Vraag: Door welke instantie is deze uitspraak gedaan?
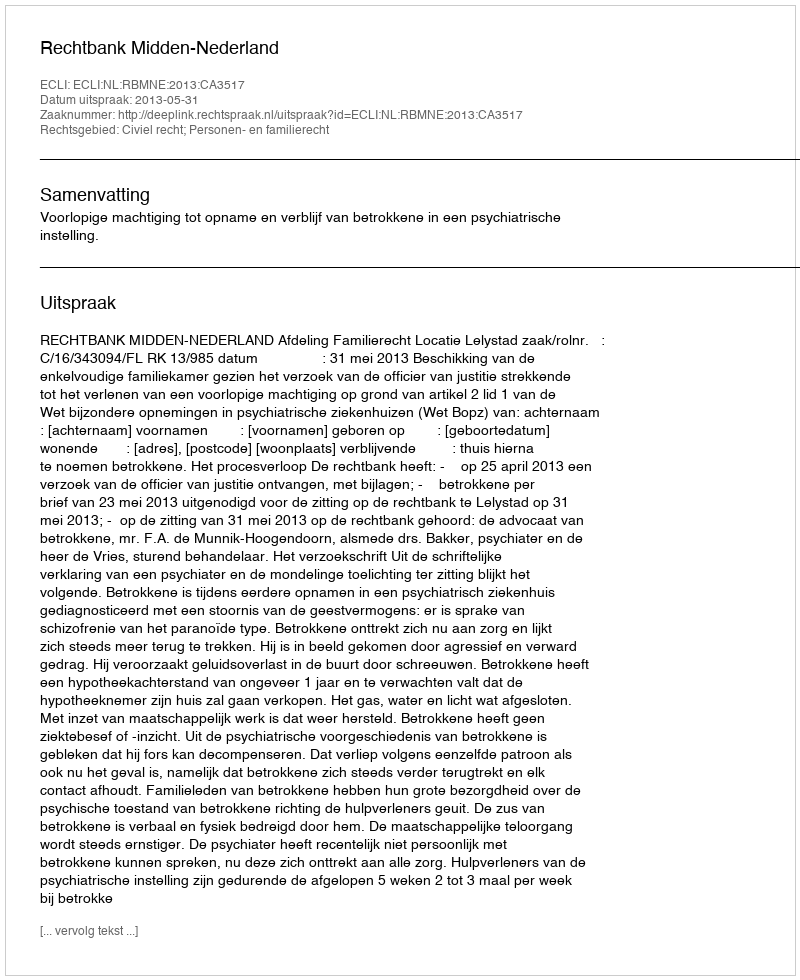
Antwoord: Rechtbank Midden-Nederland